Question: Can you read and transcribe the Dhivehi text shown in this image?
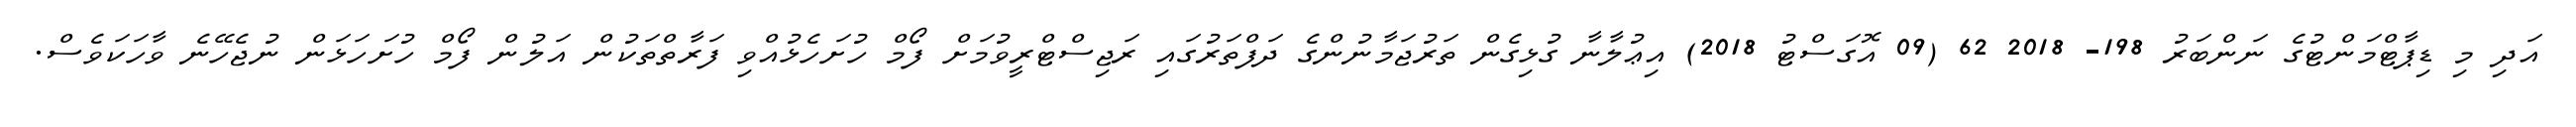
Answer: އަދި މި ޑިޕާޓްމަންޓުގެ ނަންބަރު 198- 2018 62 (09 އޮގަސްޓު 2018) އިޢުލާނާ ގުޅިގެން ތަރުޖަމާނުންގެ ދަފްތަރުގައި ރަޖިސްޓްރީވުމަށް ފޯމް ހުށަހެޅުއްވި ފަރާތްތަކުން އަލުން ފޯމް ހުށަހަޅަން ނުޖެހޭނެ ވާހަކަވެސް.